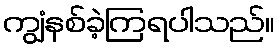
ကျွံနစ်ခဲ့ကြရပါသည်။